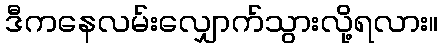
ဒီကနေလမ်းလျှောက်သွားလို့ရလား။